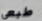
طبعي